Vital statistics of India. Vol. IV, Annual returns from 1871 to 1876. British Army of India, Native Army and jails of Bengal
Year: 1871
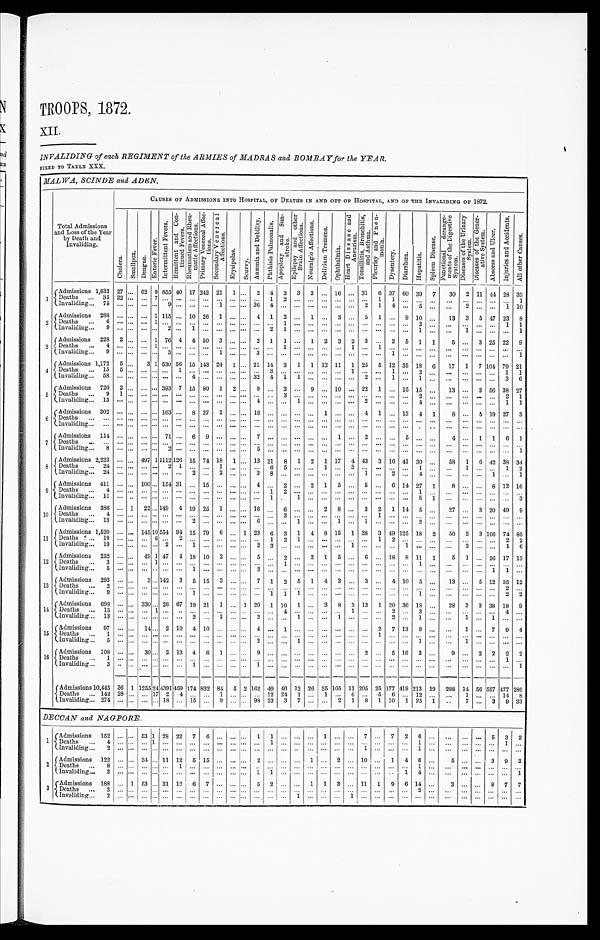
TROOPS, 1872.
X I I .
INVALIDING of each REGIMENT of the ARMIES of MADRAS and BOMBAY for the YEAR.
FIXED TO TABLE XXX.
MALWA, SCINDE and ADEN.
Total Admissions
and Loss of the Year
by Death and
invaliding.
CAUSES OF ADMISSIONS INTO HOSPITAL, OF DEATHS IN AND OUT OF HOSPITAL, AND OF THE INVALIDING OF 1872.
C h o l e r a .
S m a l l p o x .
D e n g u e .
E n t e r i c F e v e r .
I n t e r m i t t e n t F e v e r s .
R e m i t t e n t a n d C o n - t i n u e d F e v e r s . R h e u m a t i s m a n d R h e u - m a t i c A f f e c t i o n s .
P r i m a r y V e n e r e a l A f f e c - t i o n s .
S e c o n d a r y V e n e r e a l A f f e c t i o n s .
E r y s i p e l a s .
S c u r v y .
A n æ m i a a n d D e b i l i t y .
P h t h i s i s P u l m o n a l i s .
A p o p l e x y a n d S u n - s t r o k e . E p i l e p s y a n d o t h e r B r a i n A f f e c t i o n s . N e u r a l g i c A f f e c t i o n s .
D e l i r i u m T r e m e n s .
O p h t h a l m i a .
H e a r t D i s e a s e a n d A n e u r i s m . T o n s i l l i t i s , B r o n c h i t i s , a n d A s t h m a . P l e u r i s y a n d P n e u - m o n i a .
D y s e n t e r y .
D i a r r h œ a . H e p a t i t i s .
S p l e e n D i s e a s e .
F u n c t i o n a l d e r a n g e - m e n t s o f t h e D i g e s t i v e S y s t e m . D i s e a s e s o f t h e U r i n a r y S y s t e m . D i s e a s e s o f t h e G e n e r - a t i v e S y s t e m .
A b s c e s s a n d U l c e r .
I n j u r i e s a n d A c c i d e n t s .
A l l o t h e r C a u s e s .
1
Admissions 1,633 27 ... 62 9 855 40 17 242 21
1 ... 2 4 3
3
3 ... 16 ... 31
6 37 60 39
7
30
2 11 44 28 33
D e a t h s . . .
3 5
2 2 . . .
. . . 7
. . . . . .
. . .
...
. . .
. . .
. . .
. . .
1
2
. . .
. . .
. . .
. . .
. . .
. . .
1
1
. . .
. . .
. . .
. . . ...
. . . . . .
. . .
1
Invaliding ... 75 ... ... ... ...
9 ... ... ...
1 ... ... 36 4 ... ... ... ... ... ...
2
1
4 ...
5
. . .
. . .
2 ... ...
1 10
2
Admissions
288 ...
. . . ... 1 115 ... 10 26
1 ...
. . . 4
1
2 ...
1 ...
3 ...
5
1 ...
9 10 ...
13
3
5 47 23
8
D e a t h s . . .
6
. . . . . .
. . . 1
. . . . . .
. . .
...
. . .
. .
. . .
. . .
. . .
. . .
1
. . .
. . .
. . .
. . .
. . .
. . .
. . .
. . .
. . .
2
. . .
. . .
...
. . . . . .
1
1
Invaliding ...
9
. . . . . .
. . . . . .
2
. . .
1 ...
. . .
. . .
. . .
. . .
2
1
. . .
. . .
. . .
. . .
. . .
. . .
. . .
. . .
. . .
1
. . .
. . .
1
. . . . . .
. . .
1
3
Admissions
228
2 ... ... 1 76 4 4 50
3 ... ...
2
1
1 ... 1
2
3
2
3
. . . 2
5
1
1
5 ...
3 25 22
9
D e a t h s . . .
4
. . . . . .
. . . 1
. . . . . .
. . .
...
. . .
. . .
. . .
. . .
. . .
1
. . .
. . .
. . .
. . .
1
. . .
1
. . .
. . .
. . .
. . .
. . . ...
. . .
. . .
. . .
. . .
Invaliding ...
9
. . . . . .
. . . . . .
3
. . .
. . .
...
1
. . .
. . .
3
. . .
. . .
. . .
. . .
. . .
. . .
. . .
. . .
. . .
1
. . .
. . .
. . .
. . . ...
. . .
. . .
. . .
1
4
Admissions 1,172
5 ...
3 1 530 56 15 143 24
1 ... 21 14
3
1
1 12 11
1 25
5 12 35 18
6
17
1
7 104 79 21
D e a t h s . . .
1 5
5 . . .
. . . . . .
. . . 1
. . .
...
. . .
. . .
. . .
. . .
3
. . .
. . . . . .
. . .
. . .
1
. . .
. . .
1
. . .
2
. . .
. . . ...
. . .
. . .
1
1
Invaliding ...
5 8
. . . . . .
. . . . . .
. . . . . .
4 ...
. . .
. . .
. . .
3 2
4
1
1 . . .
. . .
. . .
. . .
2
. . .
1
. . .
1
. . .
. . . ...
. . .
. . .
3
6
5
Admissions
720
2 ... ... ... 393 7 15 80
1
2 ...
9 ...
3 ...
9 ... 10 ... 22
1 ... 15 15
. . .
13 ...
2 56 38 27
D e a t h s . . .
9
1 . . .
. . . . . .
. . . . . .
. . .
...
. . .
. . .
. . .
. . .
. . .
3
. . . . . .
. . .
. . .
. . .
. . .
. . .
. . .
. . .
2
. . .
. . .
...
. . .
. . .
2
1
Invaliding ...
13
. . . . . .
. . . . . .
. . . . . .
. . .
...
. . .
. . .
. . . 4
. . . . . .
1 . . .
. . .
. . .
. . .
2
. . .
. . .
. . .
4
. . .
. . .
...
. . .
. . .
1
1
6
Admissions
302
. . . ... ... ... 163
. . . 8 27
2 ...
. . . 16 ... ... ... ...
1
. . . . . .
4
1 ... 13
4
1
8 ...
5 19 27
3
D e a t h s . . .
. . .
. . . . . .
. . . . . .
. . . . . .
. . .
...
. . .
. . .
. . .
. . .
. . .
. . .
. . . . . .
. . .
. . .
. . .
. . . . . .
. . .
. . .
. . .
. . .
. . . ...
. . .
. . . . . .
. . .
Invaliding ...
... ...
. . . ... ... ... ... ... ... ... ... ... ... ... ... ... ... ... ... ... ... ... ... ...
. . . ...
...
...
. . .
. . . . . .
. . .
7
Admissions
114 ... ... ... ... 71 . . .
6
9 . . .
. . . . . .
7
. . .
. . .
. . .
. . .
. . .
1
. . .
2 ...
. . .
5
. . .
. . .
4
. . .
1
1
6
1
D e a t h s . . .
. . .
...
. . .
. . . . . .
. . . . . .
. . .
. . .
. . .
. . . . . .
. . .
. . .
. . .
. . .
. . .
. . .
. . .
. . . . . . ...
. . .
. . .
. . .
. . .
. . .
. . .
. . .
. . . . . .
. . .
I n v a l i d i n g . . .
8 ...
. . .
. . . . . .
2 . . .
. . .
. . .
. . .
. . . . . .
5
. . .
. . .
. . .
. . .
. . .
. . .
. . . ... ...
. . . ... ... ...
. . .
. . .
. . .
. . . . . .
1
8
Admissions 2,223 ...
. . . 497 1 1112 126 15 74 18
1 ...
13 21
8
1
2
1 17
4 43
3 16 41 30
. . .
58
1
6 42 38 34
D e a t h s . . .
2 4
...
. . .
. . . . . .
2
1
. . .
. . .
1
. . . . . .
. . .
6 5
. . .
. . .
1
. . .
3
. . .
...
. . .
. . .
1
. . .
. . . 1
. . .
. . . 1
2
I n v a l i d i n g . . .
2 4
...
. . .
. . . . . .
. . .
. . .
2
. . .
2
. . . . . .
3
8 . . .
. . .
. . .
. . .
. . .
. . .
1 ...
2
. . .
4
. . .
. . . . . .
. . .
1
. . .
1
9
Admissions
411 ...
. . . 100 ... 154 31 ... 15 ... ... ...
4 ...
2
. . .
2
1
5
. . . 5 ...
6 14 27
1
8
. . .
. . . 8 12 16
D e a t h s . . .
4 ...
. . .
. . . . . .
. . .
. . .
. . .
. . .
. . .
. . . . . .
. . .
1
2
. . .
. . .
. . .
. . .
. . .
. . .
...
. . .
. . .
1
. . .
. . . . . .
. . . . . . . . .
. . .
I n v a l i d i n g . . .
1 1
...
. .
. . . . . .
. . .
. . .
. . .
. . .
. . .
. . . . . .
. . .
1
.
1
. . .
. . .
. . .
. . .
. . .
...
. . .
. . .
5
1
. . . . . .
. . .
. . .
. . . 3
10
Admissions
386 ...
1
2 2 . . .
1 4 9 4 19 25 1
. . . . . . 16
. . . 6
. . .
. . .
2
8 ...
3
2
1 14
5
. . .
27 ...
3 20 49
9
Deat hs . . .
4 ...
. . .
. . . . . .
. . .
. . .
. . .
. . .
. . .
. . . . . .
. . .
. . . 3 ... ... ... ... ... ...
1 ... ... ... ... ...
... ... ... ... ...
I n v a l i d i n g . . .
1 3 ...
. . .
. . . . . .
. . .
. . .
2
. . .
. . .
. . . . . .
6
. . .
. . .
1
. . .
. . .
1
. . .
1 ...
. . .
. . .
2
. . .
. . .
. . .
. . .
. . .
. . .
. . .
11
Admissions 1,520 ... ... 145 10 554 94 15 79
6 ... 1 23
6
3
1
4
8 15
1 38
3 49 125 18
2
50
2
3 106 74 85
Deaths ...
19 ...
. . .
. . . 6
. . .
2
. . .
. . .
. . .
. . . . . .
. . .
1
2
1
. . .
. . .
. . .
. . .
. . .
1
2
. . .
. . .
. . .
. . . ... ... ...
2
2
I n v a l i d i n g . . .
1 9 ...
. . .
. . . . . .
2
. . .
1
. . .
. . .
. . . . . .
2
3
. . .
. . .
. . .
. . .
. . .
1
. . .
...
. . .
1
. . .
. . .
. . . 2
. . .
. . .
1
6
1 2
Admissions
252 ...
. . .
49 1 47
4 18 10
2
. . .
. . . 5
. . . 2
. . .
2
1
5 ...
6 ... 18
8 11
1
5
1 ... 26 17 13
D e a t h s . . .
3 ...
. . .
. . . 1
. . .
. . .
. . .
. . .
. . .
. . . . . .
. . .
. . .
1
. . .
. . .
. . .
. . .
. . .
. . .
...
. . .
. . .
1
. . .
. . .
. . .
. . .
. . .
. . .
. . .
I n v a l i d i n g . . .
5 ...
. . .
. . . . .
. . .
. . .
1
. . .
. . .
. . . . . .
2
. . .
. . .
. . .
. . .
. . .
. . .
. . .
. . .
...
. . .
. . .
. . .
. . . . . .
... ...
1
1 ...
13
Admissions
293 ...
. . . 3 ... 142
3
5 15
3 ... ...
7
1
2
5
1
4
3 ...
3 ...
4 10
5
. . .
13 ...
5 12 35 12
Deaths
...
2 ...
. . .
. . . . . .
. . .
. . .
. . .
. . .
. . .
. . . . . .
. . .
. . .
. . .
. . .
. . .
. . .
. . .
. . .
. . .
...
. . .
. . .
. . .
. . .
. . . . . .
. . .
. . .
2
. . .
Invalidi n g ...
9 ... ... ... ... ... ...
1 ... ... ... ... ...
1
1
1
. . .
. . .
. . .
. . .
. . .
...
. . .
. . .
1
. . .
. . . . . .
. . .
. . .
2
2
1 4
Admissions
698 ... ... 330 ... 26 67 19 21
1 ... 1 20
1 10
1 ...
3
8
3 13
1 20 36 18 ...
28
3
3 38 18
9
Deaths ...
1 5
...
. . .
. . . 1
. . .
. .
. . .
. . .
. . .
. . . . . .
. . .
. . .
4
. . .
. . .
. . .
. . .
1
. . .
. . .
2
. . .
3
. . .
. . .
. . .
. . .
. . .
4
. . .
Invaliding ...
1 3
...
. . .
. . . . . .
. . .
. . .
2
. . .
2
. . . . . .
2
. . .
. . .
1
. . .
. . .
1
. . .
. . .
. . .
2
. . .
1
. . .
. . .
1
. . .
1
. . .
. . .
1 5
Admissions
97 ... ...
14 ... 2 10 4 10 ... ... ...
4 ...
1 ... ... ... ... ... ...
2
7 13
9 ...
...
1 ...
7
9
4
Deaths ...
1 ...
. . .
. . . . . .
. . .
. . .
. . .
. . .
. . .
. . . . . .
. . .
. . . ...
. . .
. . . ... ... ... ...
1
. . .
. . .
. . .
. . .
. . .
. . .
. . .
. . .
. . .
. . .
Invaliding ...
5 ...
. . .
. . . . . .
. . .
. . .
. . .
. . .
. . .
. . . . . .
2
. . .
. . .
1
. . .
. . .
. . .
. . .
. . .
. . .
. . .
. . .
1
. . .
. . .
1
. . .
. . .
. . .
. . .
1 6
Admissions
108 ...
. . .
30 ... 2 13
4
6
1 ... ...
9 ... ... ... ...
... ... ...
2 ...
5 16
3
. . .
9
. . .
2
2
2
2
Deaths ...
1 ...
. . .
. . . . . .
...
. . .
. . .
. . .
. . .
. . . . . .
. . .
. . .
. . . ... ... ... ...
... ... ... ... ... ...
...
... ...
. . .
1
. . .
Invaliding ...
3 ..
. . .
. . .
. . .
...
. . .
1
. . .
. . .
. . . . . .
1
. . . ...
. . .
. . .
. . .
. . .
. . .
. . .
...
. . .
. . .
. . .
. . .
. . .
. . .
. . .
. . .
. . .
1
Admissions 10,445 36 1 1255 24 4391 459 174 832 84
5 2 162 49 46 12 26 35 105 11 205 25 177 419 213 19
288 14 56 557 477 286
Deaths
... 142 28 ... ... 17 2
4 ...
. . . 1 ... ... ... 12 24
1 ...
1 ...
6 ...
5
6 ... 12 ...
...
1 ... ... 14 8
Invaliding ... 274 ... ... ... ... 18 ... 15
. . . 9 ... ... 98 23
3
7 ... ...
2
1
8
1 10
1 25
1
..
7 ...
3
9 33
DECCAN and NAGPORE.
1
Admissions
152 ... ... 53 1 28 22
7
6 ... ... ...
1
1 ... ... ...
1 ... ...
7 ...
7
2
6 ...
...
... ...
5
3
2
D e a t h s . . .
4 ... ... ... 1 ... ... ... ... ... ... ... ...
1
. . .
. . .
. . .
. . .
. . .
. . .
. . .
. . .
. . .
. . . 1
. . .
. . .
. . .
. . .
. . .
1
. . .
I n v a l i d i n g . . .
2
. . . . . .
. . . . . .
. . .
. . .
. . .
. . .
. . .
. . . . . .
. . .
. . .
. . .
. .
. . .
. . .
. . .
. . .
1 ...
. . .
. . .
1 ...
...
... ... ...
. . . ...
2
A dmissions 122 ... ... 34 ... 11 12
5 15 ... ... ...
2
. . . ... . . . 1 ...
2 ... 10 ...
1
4
6
. . .
5 ... ...
3
9
2
Deaths
...
8 ...
. . .
. . . . . .
. . . 1 ... ... ... ... ... .. ... ... ... ... ... ... ... ... ... ...
. . .
1
. . .
. . .
. . .
. . .
. . .
. . .
. . .
I n v a l i d i n g . . .
2
. . . . . .
. . . . . .
. . .
. . .
. . .
. . .
. . .
. . . . . .
1
1
. . .
. . .
. . .
. . .
. . .
. . .
. . .
...
. . .
1
4
. . .
. . .
. . .
. . .
. . .
. . .
1
3
Admissions
188 ... 1 53 ... 31 12
6
7 ... ... ...
5
2
. . .
. . .
1
1
3 ... 11
1
9
6 14 ...
3 ... ...
8
7
7
D e a t h s . . .
2 ...
. . .
. . . . . .
. . .
. . .
. . .
. . .
. . .
. . . . . .
. . .
. . .
. . .
. . .
. . .
. . .
. . .
. . .
. . .
...
. . .
. . .
2
. . .
. . .
. . .
. . .
. . . . . .
. . .
Invaliding ...
2 ...
. . . ... . . .
. . . ...
. . . ... ...
. . . . . . ...
. . . ...
1
. . .
. . .
. . .
1
. . .
...
. . .
. . .
. . .
. . .
. . .
. . .
. . .
. . .
. . . ...